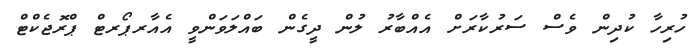
ހުރިހާ ކުދިން ވެސް ސަރުކާރަށް އެއްބާރު ލުން ދީގެން ބައްލަވަންވީ އެއާރޕޯރޓް ޕްރޮޖެކްޓް